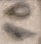
Text: 10